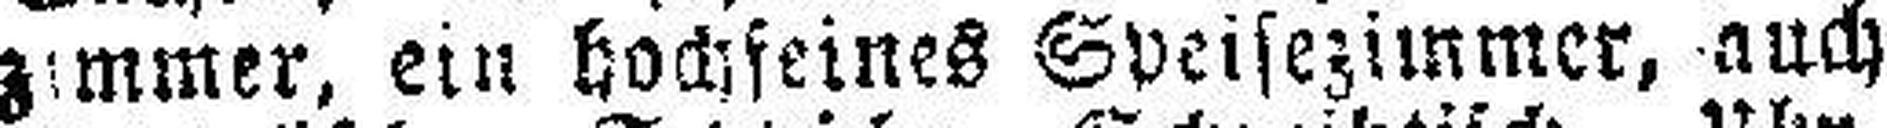
zimmer, ein hochseines Speisezimmer, auch